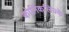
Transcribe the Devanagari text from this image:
कोनिंकलिज्के